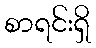
စာရင်းရှိ